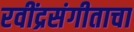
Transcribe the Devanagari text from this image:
रवींद्रसंगीताचा